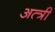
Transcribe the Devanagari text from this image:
अत्त्री